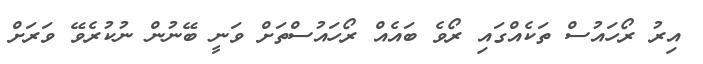
އިރު ރޯހައުސް ތަކެއްގައި ރޯވެ ބައެއް ރޯހައުސްތަށް ވަނީ ބޭނުން ނުކުރެވޭ ވަރަށް